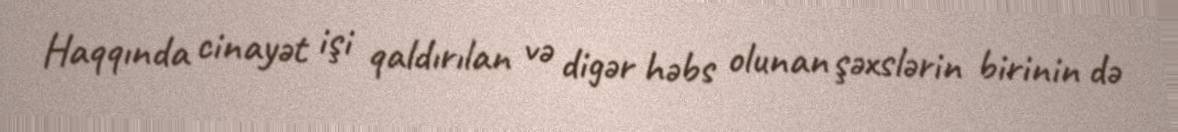
Haqqında cinayət işi qaldırılan və digər həbs olunan şəxslərin birinin də